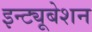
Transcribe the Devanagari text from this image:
इन्ट्यूबेशन